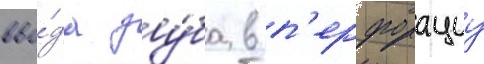
вво́да зу́ба в п'ерфорациу